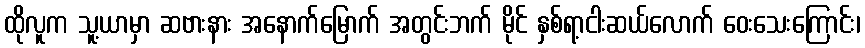
ထိုလူက သူ့ယာမှာ ဆဗားနား အနောက်မြောက် အတွင်းဘက် မိုင် နှစ်ရာ့ငါးဆယ်လောက် ဝေးသေးကြောင်း၊